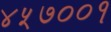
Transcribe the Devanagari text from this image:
४५७००१